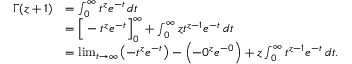
{ \begin{array} { r l } { \Gamma ( z + 1 ) } & { = \int _ { 0 } ^ { \infty } t ^ { z } e ^ { - t } \, d t } \\ & { = { \Bigl [ } - t ^ { z } e ^ { - t } { \Bigr ] } _ { 0 } ^ { \infty } + \int _ { 0 } ^ { \infty } z t ^ { z - 1 } e ^ { - t } \, d t } \\ & { = \operatorname* { l i m } _ { t \to \infty } \left( - t ^ { z } e ^ { - t } \right) - \left( - 0 ^ { z } e ^ { - 0 } \right) + z \int _ { 0 } ^ { \infty } t ^ { z - 1 } e ^ { - t } \, d t . } \end{array} }